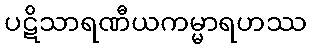
ပဋိသာရဏီယကမ္မာရဟဿ